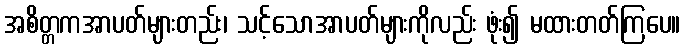
အစိတ္တကအာပတ်များတည်း၊ သင့်သောအာပတ်များကိုလည်း ဖုံး၍ မထားတတ်ကြပေ။